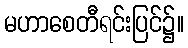
မဟာစေတီရင်းပြင်၌။